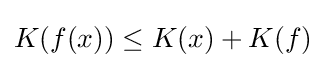
K(f(x))\leq K(x)+K(f)